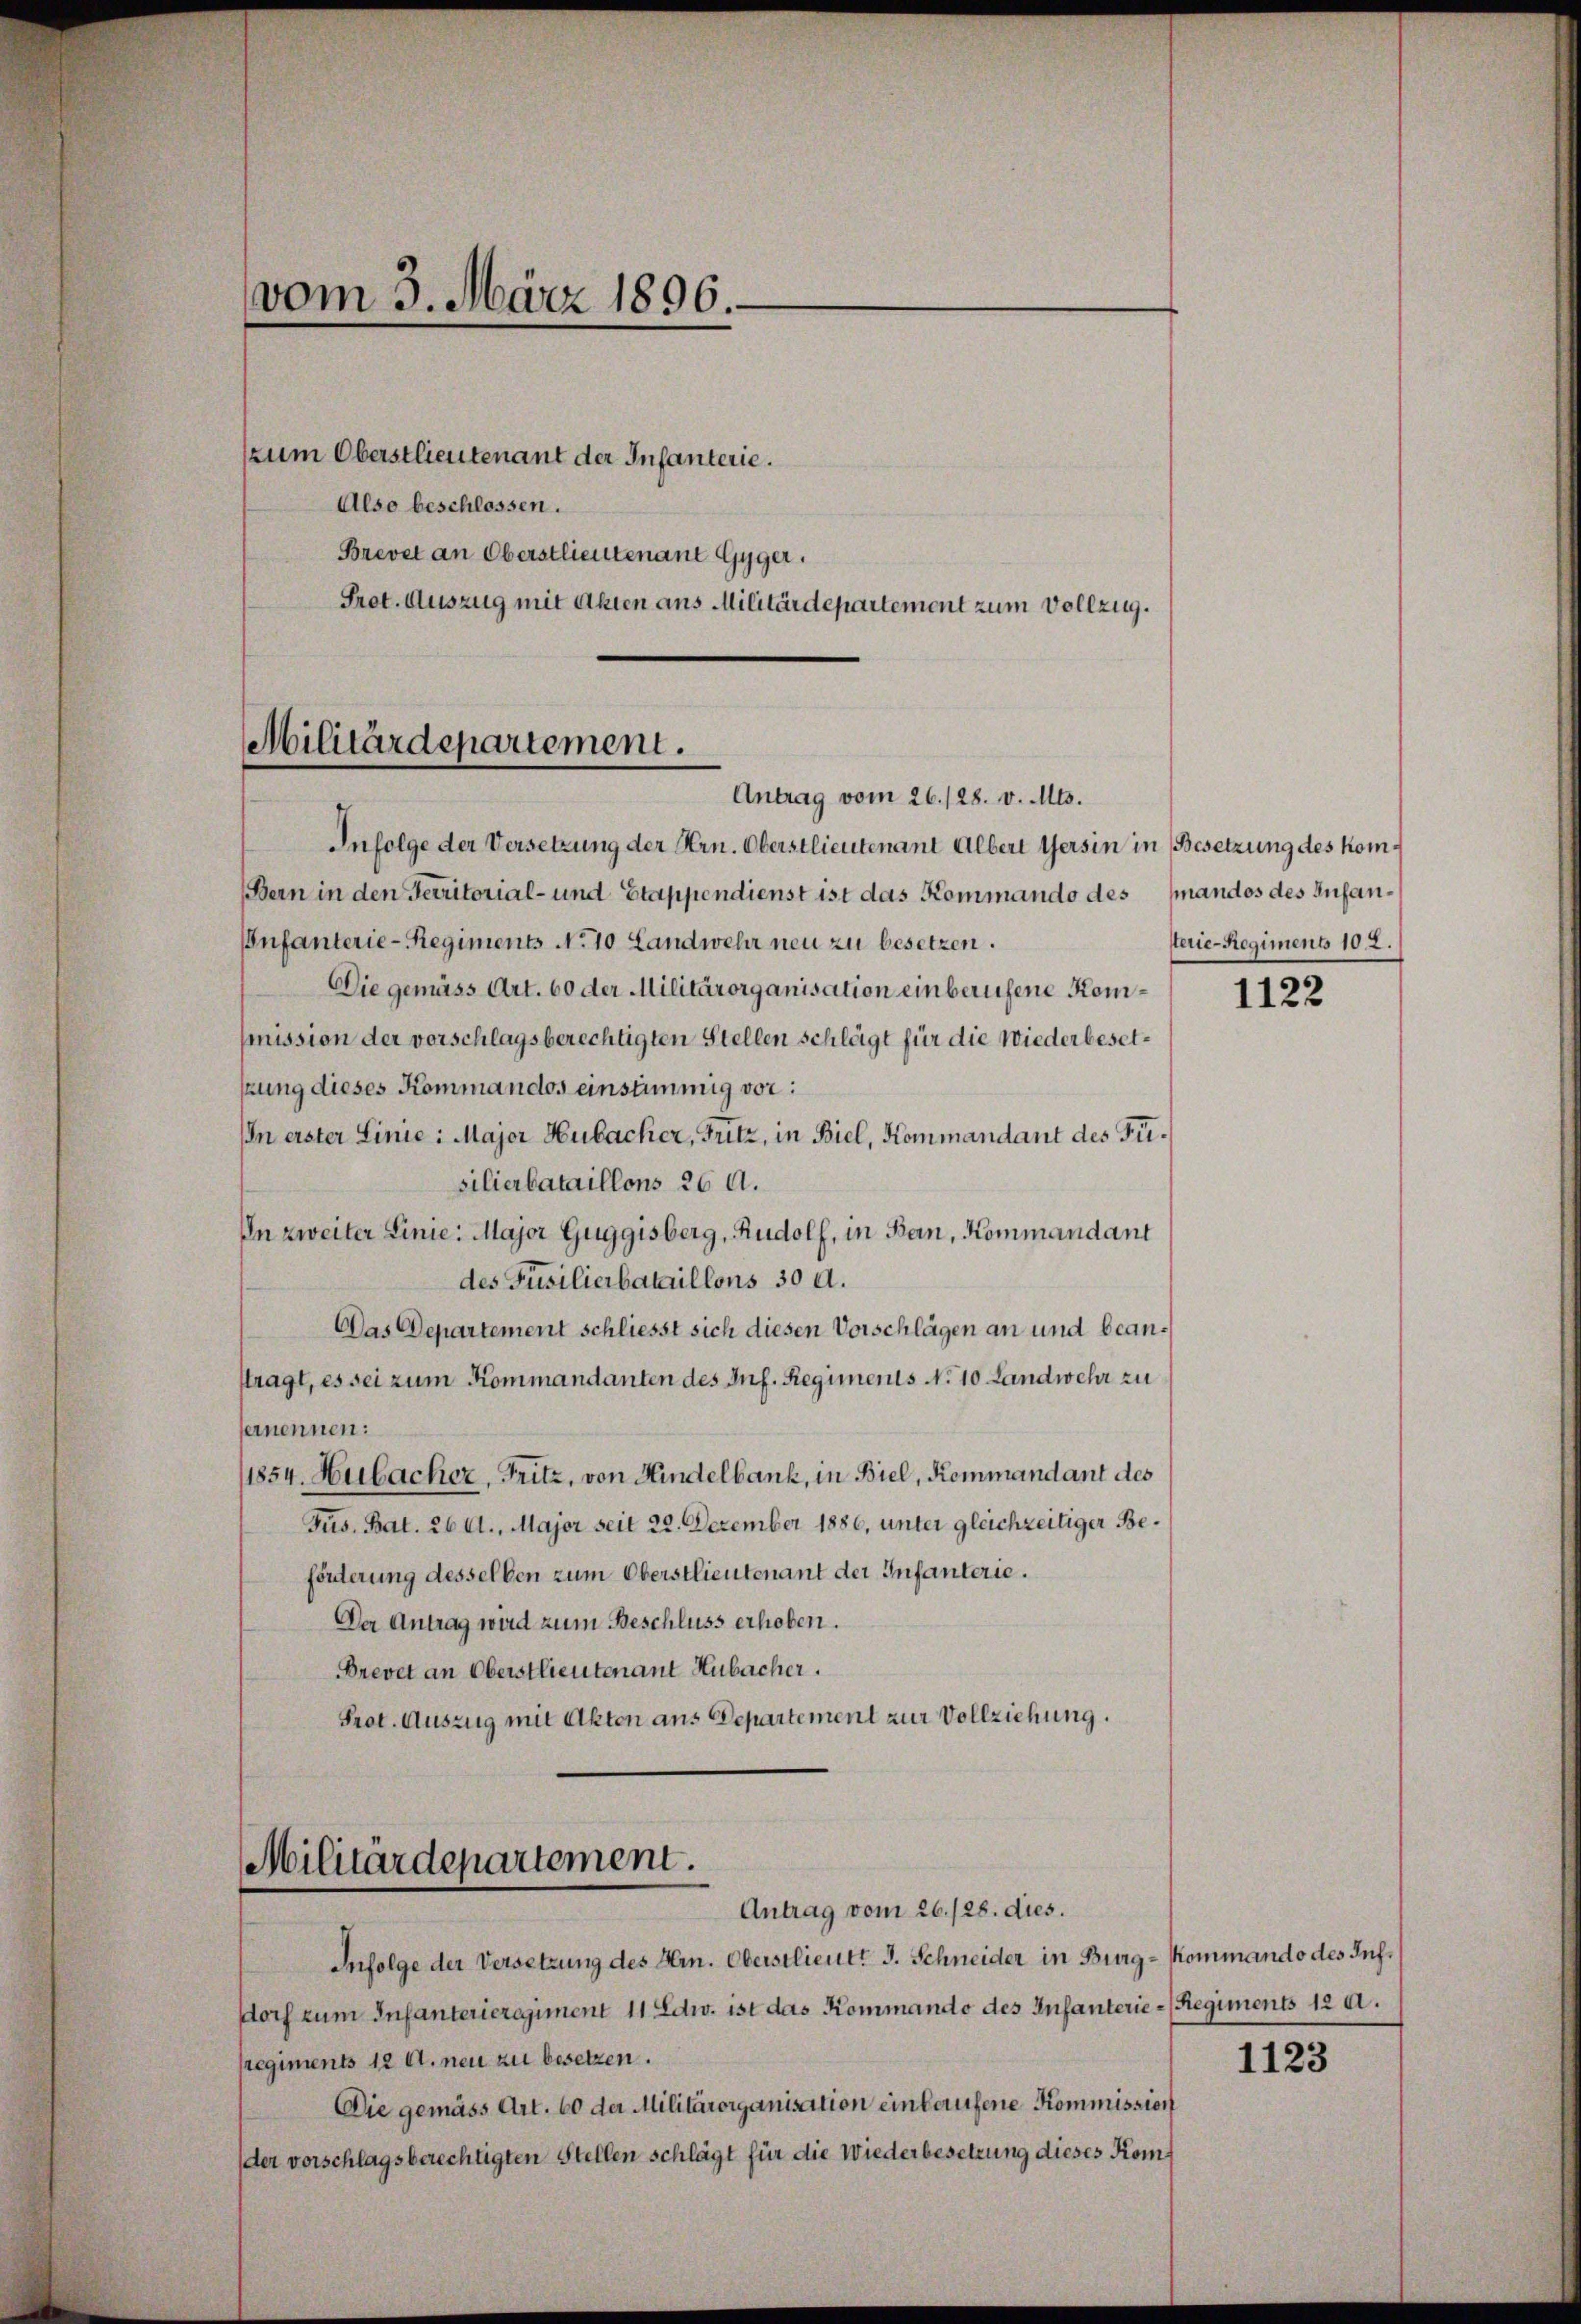
vom 3. März 1896.

zum Oberstlieutenant der Infanterie.
Also beschlossen.
Antrag vom 26./28. v. Mts.
Infolge der Versetzung der Hrn. Oberstlieutenant Albert Gersin in Besetzung des kom¬
(Bern in den Territorial- und Etappendienst ist das Kommando des fandos des Infan¬
Infanterie-Regiments No 10 Landwehr neu zu besetzen.
Die gemäss Art. 60 der Militärorganisation einberufene Kommission der vorschlagsberechtigten Stellen schlägt für die Wiederbesettzung dieses Kommandos einstimmig vor:
In erster Linie: Major Hubacher, Fritz, in Biel, Kommandant des Fisilierbataillons 26 A.
In zweiter Linie: Major Guggisberg, Rudolf, in Ban, Kommandant
des Füsilierbataillons 30 d.
Das Departement schliesst sich diesen Vorschlägen an und beanftragt, es sei zum Kommandanten des Inf. Regiments No 10 Landwehr zu
fernennen:
1854. Hubacher, Fritz, von Hindelbank, in Biel, Kommandant des
Jus. Bat. 26. A., Major seit 22. Dezember 1886, unter gleichzeitiger Beförderung desselben zum Oberstlieutenant der Infanterie.
Der Antrag wird zum Beschluss erhoben.
Brevet an Oberstlieutenant Hubacher.
Prot. Auszug mit Akten aus Departement zur Vollziehung.
Militärdepartement.
Antrag vom 26./28. dies.
Infolge der Versetzung des Hrn. Oberstlieutt J. Schneider in Burg-Kommando des Inf.
dorf zum Infanterieregiment 11 Edw. ist das Kommando des Infanterie-Regiments 120.
sregiments 12 Al. neu zu besetzen.
Die gemäss Art. 60 der Militärorganisation einlaufene Kommission

Brevel an Oberstlieutenant Gyger.
Pret. Auszug mit Akten ans Militärdepartement zum Vollzug.
Militärdepartement.

der vorschlagsberechtigten Stellen schlägt für die Wiederbesetzung dieses Kom¬

sterie-Regiments 102.

1122

1123